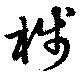
棧